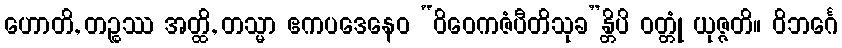
ဟောတိ, တဉ္စဿ အတ္ထိ, တသ္မာ ဧကပဒေနေဝ “ဝိဝေကဇံပီတိသုခ”န္တိပိ ဝတ္တုံ ယုဇ္ဇတိ။ ဝိဘင်္ဂေ